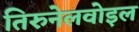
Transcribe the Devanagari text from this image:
तिरुनेलवोइल